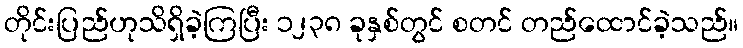
တိုင်းပြည်ဟုသိရှိခဲ့ကြပြီး ၁၂၃၈ ခုနှစ်တွင် စတင် တည်ထောင်ခဲ့သည်။